Dysentery and liver abscess in Bombay - Number 47
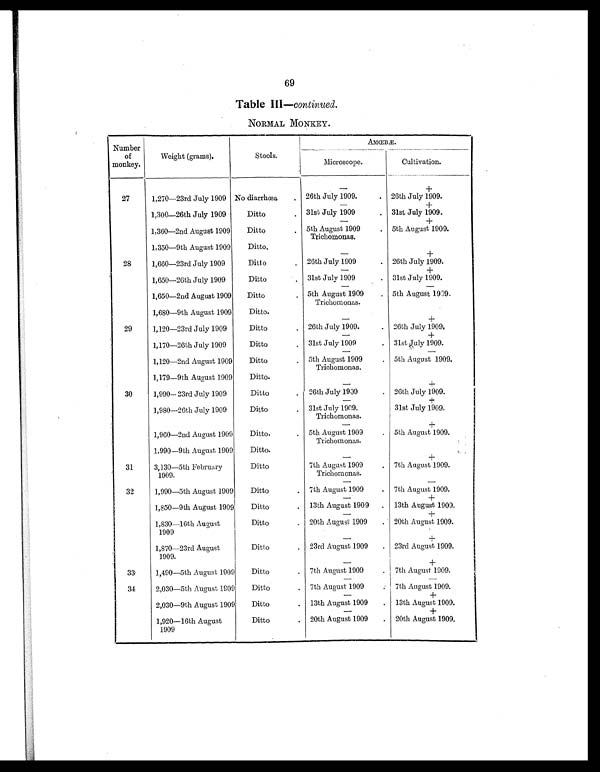
69
Table III—continued.
NORMAL MONKEY.
Number
of
monkey.
Weight (grams).
Stools.
AMŒBÆ.
Microscope.
Cultivation.
—
+
27
1,270—23rd July 1909 No diarrhœa
. 26th July 1909.
. 26th July 1909.
—
+
1,300—26th July 1909
Ditto
. 31st July 1909
. 31st July 1909.
—
+
1,360—2nd August 1909
Ditto
. 5th August 1909
Trichomonas.
. 5th August 1909.
1,350—9th August 1909
Ditto.
—
+
28
1,660—23rd July 1909
Ditto
. 26th July 1909
. 26th July 1909.
—
+
1,650—26th July 1909
Ditto
. 31st July 1909
. 31st July 1909.
— —
1,650—2nd August 1909
Ditto
. 5th August 1909
Trichomonas.
. 5th August 1909.
1,680—9th August 1909
Ditto.
—
+
29
1,120—23rd July 1909
Ditto
. 26th July 1909.
. 26th July 1909.
—
+
1,170—26th July 1909
Ditto
. 31st July 1909
. 31st July 1909.
— —
1,120—2nd August 1909
Ditto
. 5th August 1909
Trichomonas.
. 5th August 1909.
1,179—9th August 1909
Ditto.
—
+
30
1,990—23rd July 1909
Ditto
. 26th July 1909
. 26th July 1909.
—
+
1,980—26th July 1909
Ditto
. 31st July 1909.
Trichomonas.
31st July 1909.
—
+
1,960—2nd August 1909
Ditto.
. 5th August 1909
Trichomonas.
. 5th August 1909.
1,990—9th August 1909
Ditto.
—
+
31
3,130—5th February
1909.
Ditto
7th August 1909
Trichomonas.
. 7th August 1909.
—
—
32
1,990—5th August 1909
Ditto
. 7th August 1909
. 7th August 1909.
—
—
1,850—9th August 1909
Ditto
. 13th August 1909
. 13th August 1909.
—
+
1,830—16th August
1909
Ditto
. 20th August 1909
. 20th August 1909.
—
+
1,870—23rd August
1909.
Ditto
. 23rd August 1909
. 23rd August 1909.
—
+
33
1,490—5th August 1909
Ditto
. 7th August 1909
. 7th August 1909.
—
—
34
2,030—5th August 1909
Ditto
. 7th August 1909
. 7th August 1909.
—
+
2,030—9th August 1909
Ditto
. 13th August 1909
. 13th August 1909.
—
+
1,920—16th August
1909
Ditto
. 20th August 1909
.
20th August 1909.